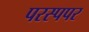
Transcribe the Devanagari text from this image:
परस्पपर